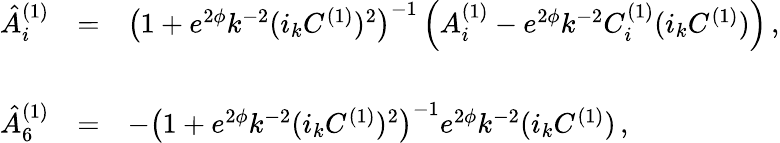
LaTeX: \begin{array}{rcl}{{{\hat{A}}_{i}^{(1)}}}&{{=}}&{{\left(1+e^{2\phi}k^{-2}(i_{k}C^{(1)})^{2}\right)^{-1}\left(A_{i}^{(1)}-e^{2\phi}k^{-2}C_{i}^{(1)}(i_{k}C^{(1)})\right)\, ,}}\\ {{}}&{{}}&{{}}\\ {{{\hat{A}}_{6}^{(1)}}}&{{=}}&{{-\left(1+e^{2\phi}k^{-2}(i_{k}C^{(1)})^{2}\right)^{-1}e^{2\phi}k^{-2}(i_{k}C^{(1)})\, ,}}\end{array}